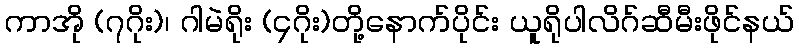
ကာအို (၇ဂိုး)၊ ဂါမဲရိုး (၄ဂိုး)တို့နောက်ပိုင်း ယူရိုပါလိဂ်ဆီမီးဖိုင်နယ်